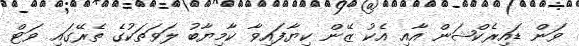
ވަން ޑައިރެކްޝަން އާއި އެކު ޒޭން ކިޔާފައިވާ ކާމިޔާބު ލަވަތަކުގެ ތެރޭގައި ވަޓް